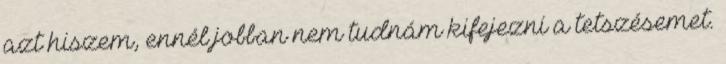
azt hiszem, ennél jobban nem tudnám kifejezni a tetszésemet.